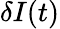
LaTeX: \delta I(t)